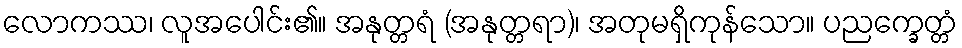
လောကဿ၊ လူအပေါင်း၏။ အနုတ္တရံ (အနုတ္တရာ)၊ အတုမရှိကုန်သော။ ပညက္ခေတ္တံ